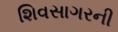
શિવસાગરની